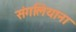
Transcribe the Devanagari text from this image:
संगलियाना